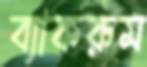
ব্যাকরুম